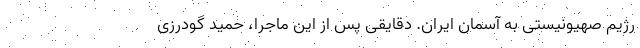
رژیم صهیونیستی به آسمان ایران. دقایقی پس از این ماجرا، حمید گودرزی